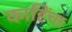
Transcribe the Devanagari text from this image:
काहिंचा